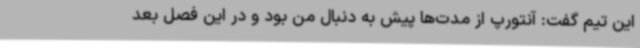
این تیم گفت: آنتورپ از مدت‌ها پیش به دنبال من بود و در این فصل بعد